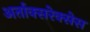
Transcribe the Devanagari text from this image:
अर्ताक्सरेक्सेस